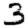
Digit: 3